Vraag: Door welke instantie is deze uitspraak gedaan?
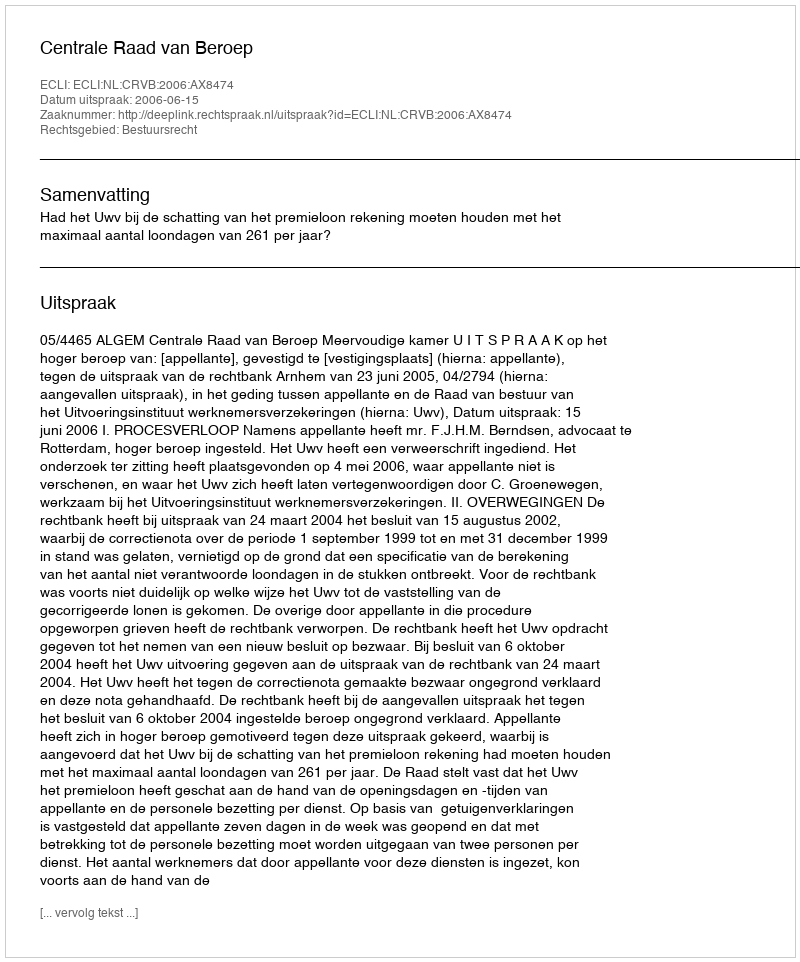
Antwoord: Centrale Raad van Beroep